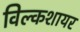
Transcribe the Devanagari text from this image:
विल्कशायर